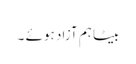
بیٹا ہم آزاد ہوئے ۔